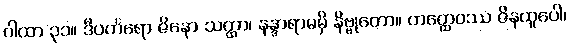
ဂါထာ ၃၁။ ဒီပင်္ကရော ဇိနော သတ္ထာ၊ နန္ဒာရာမမှိ နိဗ္ဗုတော။ တတ္ထေဝဿ ဇိနထူပေါ၊